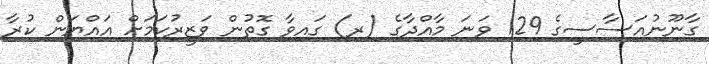
ގާނޫނުއަސާސީގެ 129 ވަނަ މާއްދާގެ (ރ) ގައިވާ ގޮތުން ވަޒީރުކަމަށް އައްޔަން ކުރާ